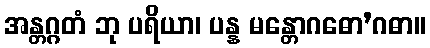
အန္တဂ္ဂတံ ဘု ပရိယာ၊ ပန္န မန္တောဂဓော’ဂဓာ။